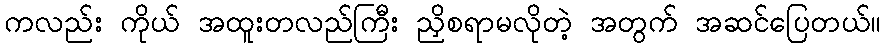
ကလည်း ကိုယ် အထူးတလည်ကြီး ညှိစရာမလိုတဲ့ အတွက် အဆင်ပြေတယ်။